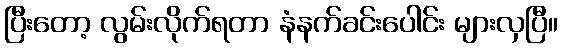
ပြီးတော့ လွမ်းလိုက်ရတာ နံနက်ခင်းပေါင်း များလှပြီ။